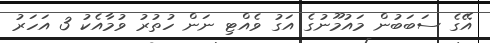
އޭގެ ސަބަބުން މައުމޫނުގެ އަގު ވެއްޓި ނަން ހުތުރު ވުމާއެކު 3 އަހަރު